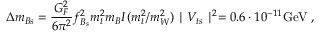
\Delta m _ { B s } = \frac { G _ { F } ^ { 2 } } { 6 \pi ^ { 2 } } f _ { B _ { s } } ^ { 2 } m _ { t } ^ { 2 } m _ { B } I ( m _ { t } ^ { 2 } / m _ { W } ^ { 2 } ) \mid V _ { t s } \mid ^ { 2 } = 0 . 6 \cdot 1 0 ^ { - 1 1 } \mathrm { G e V } \; ,